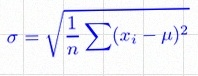
\sigma=\sqrt{\frac1n\sum(x_i-\mu)^2}